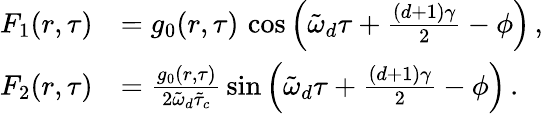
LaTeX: \begin{array}{rl}{F_{1}(r,\tau)}&{=g_{0}(r,\tau)\, \cos\left(\tilde{\omega}_{d}\tau+\frac{(d+1)\gamma}{2}-\phi\right)\, ,}\\ {F_{2}(r,\tau)}&{=\frac{g_{0}(r,\tau)}{2\tilde{\omega}_{d}\tilde{\tau}_{c}}\, \sin\left(\tilde{\omega}_{d}\tau+\frac{(d+1)\gamma}{2}-\phi\right)\, .}\end{array}